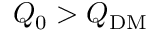
Q _ { 0 } > Q _ { \mathrm { D M } }